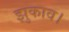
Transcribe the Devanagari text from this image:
झुकाव।